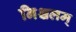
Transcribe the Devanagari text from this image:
निश्चलम्